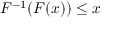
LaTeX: F ^ { - 1 } ( F ( x ) ) \leq x